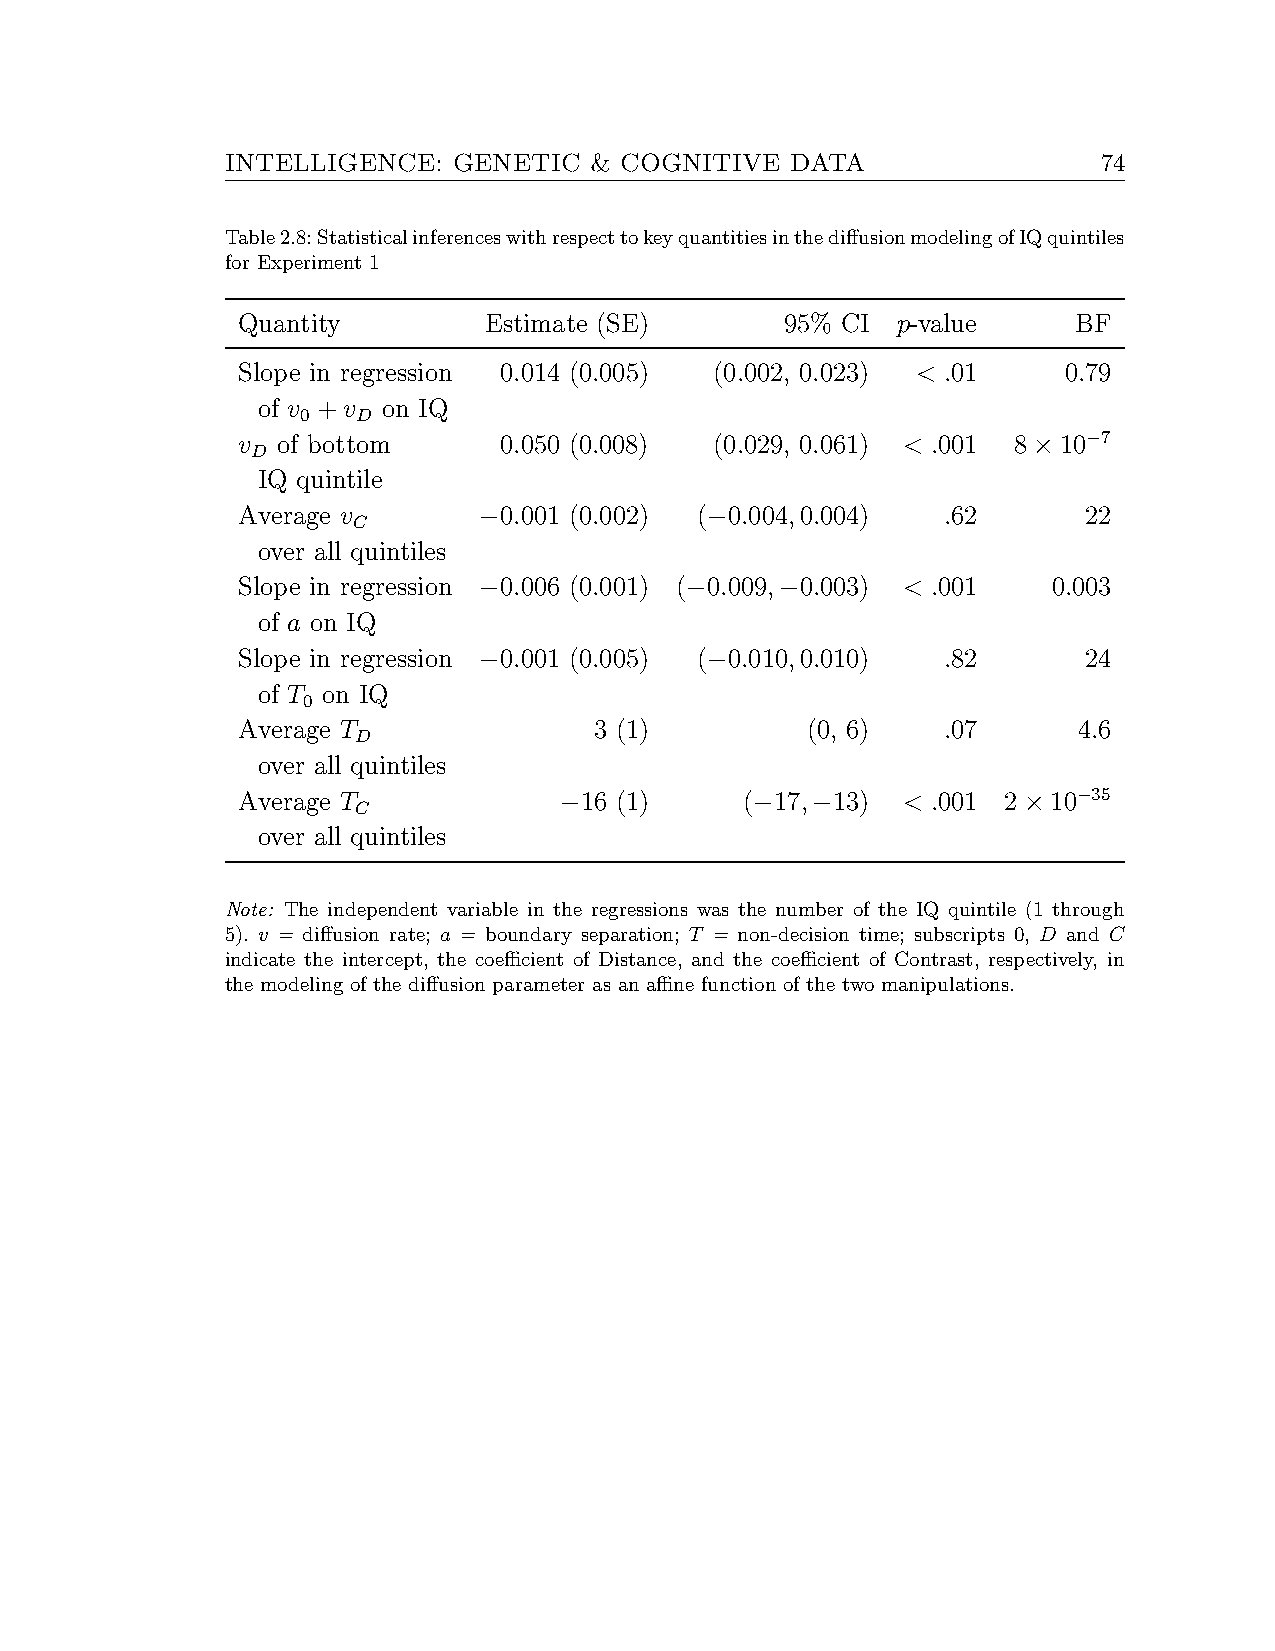
INTELLIGENCE:  GENETIC  & COGNITIVE  DATA                 74
 Table2.8:StatisticalinferenceswithrespecttokeyquantitiesinthediffusionmodelingofIQquintiles
 for Experiment 1
 Quantity        Estimate (SE)       95% CI p-value     BF
 Slope in regression 0.014 (0.005) (0.002, 0.023) < .01 0.79
 of v +v on IQ
 0   D
 v of bottom      0.050 (0.008) (0.029, 0.061) < .001 8×10−7
 D
 IQ quintile
 Average v       −0.001 (0.002) (−0.004,0.004)  .62      22
 C
 over all quintiles
 Slope in regression −0.006 (0.001) (−0.009,−0.003) < .001 0.003
 of a on IQ
 Slope in regression −0.001 (0.005) (−0.010,0.010) .82   24
 of T on IQ
 0
 Average T              3 (1)         (0, 6)    .07     4.6
 D
 over all quintiles
 Average T            −16 (1)     (−17,−13)  < .001 2×10−35
 C
 over all quintiles
 Note: The independent variable in the regressions was the number of the IQ quintile (1 through
 5). v = diffusion rate; a = boundary separation; T = non-decision time; subscripts 0, D and C
 indicate the intercept, the coefficient of Distance, and the coefficient of Contrast, respectively, in
 the modeling of the diffusion parameter as an affine function of the two manipulations.